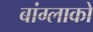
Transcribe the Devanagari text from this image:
बांग्लाको